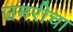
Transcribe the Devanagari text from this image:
उमरीचा